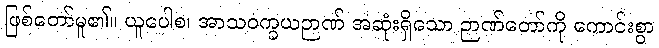
ဖြစ်တော်မူ၏။ ယူပေါစ၊ အာသဝက္ခယဉာဏ် အဆုံးရှိသော ဉာဏ်တော်ကို ကောင်းစွာ